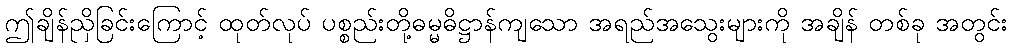
ဤချိန်ညှိခြင်းကြောင့် ထုတ်လုပ် ပစ္စည်းတို့ဓမ္မဓိဋ္ဌာန်ကျသော အရည်အသွေးများကို အချိန် တစ်ခု အတွင်း